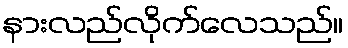
နားလည်လိုက်လေသည်။